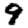
Digit: 9